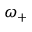
\omega _ { + }